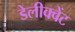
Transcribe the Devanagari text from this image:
डेलीक्वेंट